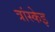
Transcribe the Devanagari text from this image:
त्रांस्केइ